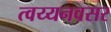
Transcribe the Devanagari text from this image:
त्वय्यनवसर